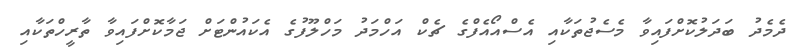
ދެމެދު ބަދަލުކޮށްފައިވާ މެސެޖުތަކާއި އެސްއޯއެފްގެ ޗެކް އަހްމަދު މަހްލޫފުގެ އެކައުންޓަށް ޖަމާކޮށްފައިވާ ތާރީހްތަކާއި